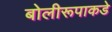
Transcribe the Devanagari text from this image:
बोलीरूपाकडे